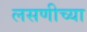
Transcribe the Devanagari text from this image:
लसणीच्या